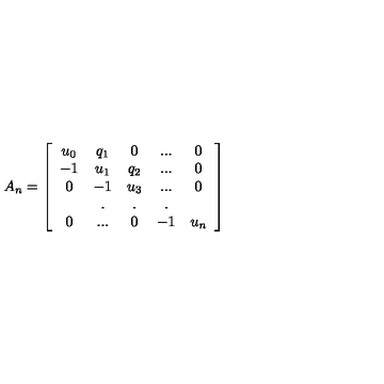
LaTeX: A _ { n } = \left[ \begin{array} { c c c c c } { u _ { 0 } } & { q _ { 1 } } & { 0 } & { . . . } & { 0 } \\ { - 1 } & { u _ { 1 } } & { q _ { 2 } } & { . . . } & { 0 } \\ { 0 } & { - 1 } & { u _ { 3 } } & { . . . } & { 0 } \\ { } & { . } & { . } & { . } & { } \\ { 0 } & { . . . } & { 0 } & { - 1 } & { u _ { n } } \\ \end{array} \right]